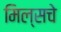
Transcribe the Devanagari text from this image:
मिल्सचे